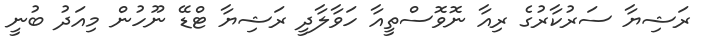
ރަޝިޔާ ސަރުކާރުގެ ރިއާ ނޮވޮސްތީއާ ހަވާލާދީ ރަޝިޔާ ޓްޑޭ ނޫހުން މިއަދު ބުނީ